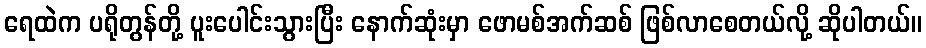
ရေထဲက ပရိုတွန်တို့ ပူးပေါင်းသွားပြီး နောက်ဆုံးမှာ ဖောမစ်အက်ဆစ် ဖြစ်လာစေတယ်လို့ ဆိုပါတယ်။